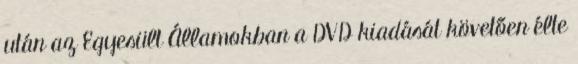
után az Egyesült Államokban a DVD kiadását követően élte